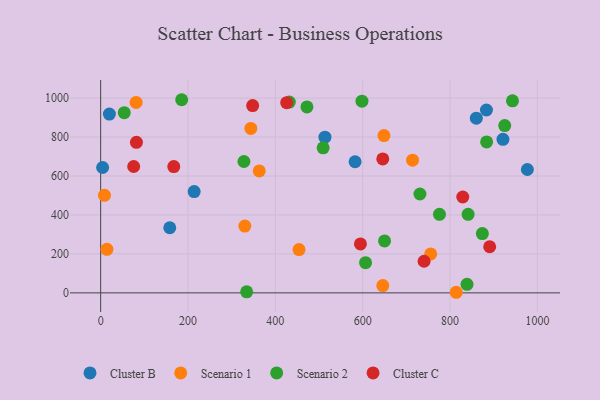
{"axis": {"x": "Ad Spend", "y": "Sales"}, "legend": ["Cluster B", "Cluster C", "Scenario 1", "Scenario 2"], "data": [{"x": "158.2", "y": 334.3, "type": "Cluster B"}, {"x": "4.5", "y": 643.6, "type": "Cluster B"}, {"x": "582.5", "y": 673.2, "type": "Cluster B"}, {"x": "921.1", "y": 788.4, "type": "Cluster B"}, {"x": "513.5", "y": 799.2, "type": "Cluster B"}, {"x": "860.1", "y": 896.7, "type": "Cluster B"}, {"x": "883.3", "y": 938.8, "type": "Cluster B"}, {"x": "20.0", "y": 917.7, "type": "Cluster B"}, {"x": "214.1", "y": 520.1, "type": "Cluster B"}, {"x": "977.0", "y": 633.3, "type": "Cluster B"}, {"x": "81.2", "y": 977.4, "type": "Scenario 1"}, {"x": "330.1", "y": 343.1, "type": "Scenario 1"}, {"x": "363.1", "y": 626.0, "type": "Scenario 1"}, {"x": "14.3", "y": 223.3, "type": "Scenario 1"}, {"x": "814.1", "y": 3.0, "type": "Scenario 1"}, {"x": "8.7", "y": 500.8, "type": "Scenario 1"}, {"x": "343.8", "y": 844.0, "type": "Scenario 1"}, {"x": "755.6", "y": 199.8, "type": "Scenario 1"}, {"x": "714.1", "y": 681.4, "type": "Scenario 1"}, {"x": "648.6", "y": 807.2, "type": "Scenario 1"}, {"x": "454.2", "y": 222.4, "type": "Scenario 1"}, {"x": "646.0", "y": 37.4, "type": "Scenario 1"}, {"x": "942.9", "y": 985.8, "type": "Scenario 2"}, {"x": "838.8", "y": 43.7, "type": "Scenario 2"}, {"x": "606.5", "y": 155.1, "type": "Scenario 2"}, {"x": "841.3", "y": 403.2, "type": "Scenario 2"}, {"x": "650.0", "y": 266.7, "type": "Scenario 2"}, {"x": "431.9", "y": 979.2, "type": "Scenario 2"}, {"x": "775.7", "y": 403.2, "type": "Scenario 2"}, {"x": "873.9", "y": 304.5, "type": "Scenario 2"}, {"x": "883.7", "y": 774.9, "type": "Scenario 2"}, {"x": "925.1", "y": 858.7, "type": "Scenario 2"}, {"x": "731.0", "y": 507.5, "type": "Scenario 2"}, {"x": "185.5", "y": 991.5, "type": "Scenario 2"}, {"x": "509.4", "y": 744.4, "type": "Scenario 2"}, {"x": "334.3", "y": 5.2, "type": "Scenario 2"}, {"x": "598.3", "y": 984.2, "type": "Scenario 2"}, {"x": "472.3", "y": 954.4, "type": "Scenario 2"}, {"x": "328.0", "y": 674.4, "type": "Scenario 2"}, {"x": "54.0", "y": 925.1, "type": "Scenario 2"}, {"x": "890.7", "y": 236.8, "type": "Cluster C"}, {"x": "829.1", "y": 492.2, "type": "Cluster C"}, {"x": "348.0", "y": 961.6, "type": "Cluster C"}, {"x": "594.8", "y": 251.2, "type": "Cluster C"}, {"x": "81.9", "y": 773.0, "type": "Cluster C"}, {"x": "645.9", "y": 687.6, "type": "Cluster C"}, {"x": "167.4", "y": 648.2, "type": "Cluster C"}, {"x": "740.5", "y": 162.4, "type": "Cluster C"}, {"x": "75.6", "y": 648.7, "type": "Cluster C"}, {"x": "425.9", "y": 976.5, "type": "Cluster C"}]}